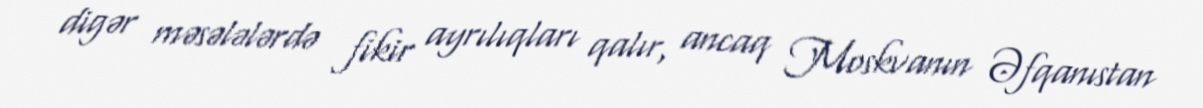
digər məsələlərdə fikir ayrılıqları qalır, ancaq Moskvanın Əfqanıstan